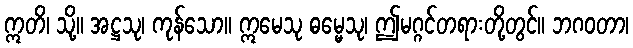
ဣတိ၊ သို့။ အဋ္ဌသု၊ ကုန်သော။ ဣမေသု ဓမ္မေသု၊ ဤမဂ္ဂင်တရားတို့တွင်။ ဘဂဝတာ၊